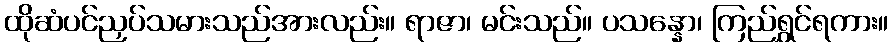
ထိုဆံပင်ညှပ်သမားသည်အားလည်း။ ရာဇာ၊ မင်းသည်။ ပသန္နော၊ ကြည်ရွှင်ရကား။